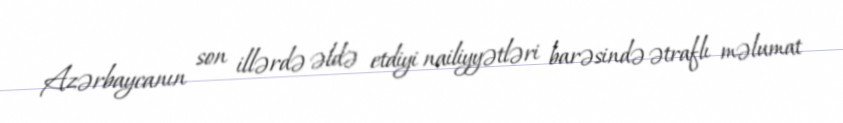
Azərbaycanın son illərdə əldə etdiyi nailiyyətləri barəsində ətraflı məlumat